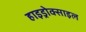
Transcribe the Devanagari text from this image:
हाइड्रोक्साइल